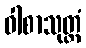
ဝါစာသုတ္တံ